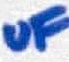
Text: µF